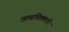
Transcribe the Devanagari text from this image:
छायाचित्रणाची